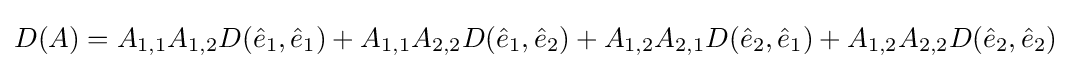
D(A)=A_{1,1}A_{1,2}D({\hat {e}}_{1},{\hat {e}}_{1})+A_{1,1}A_{2,2}D({\hat {e}}_{1},{\hat {e}}_{2})+A_{1,2}A_{2,1}D({\hat {e}}_{2},{\hat {e}}_{1})+A_{1,2}A_{2,2}D({\hat {e}}_{2},{\hat {e}}_{2})